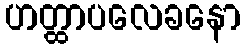
ဟတ္ထာပလေခနော